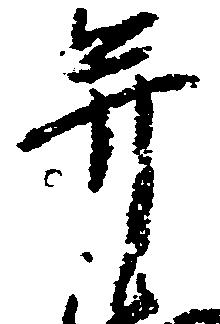
并